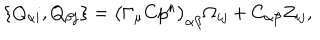
LaTeX: \{ Q _ { \alpha i } , Q _ { \beta j } \} = \bigl ( \Gamma _ { \mu } C p ^ { \mu } \bigr ) _ { \alpha \beta } \Omega _ { i j } + C _ { \alpha \beta } Z _ { i j } ,